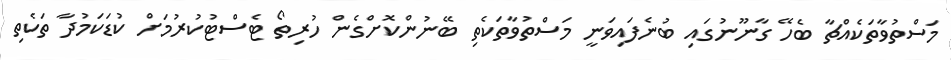
މަސްތުވާތަކެއްޗާ ބެހޭ ގާނޫނުގައި ބުނެފައިވަނީ މަސްތުވާތަކެތި ބޭނުންކޮށްގެން ހުރިތޯ ޓެސްޓުކުރުމަށް ކުޑަކަމުދާ ތަކެތި